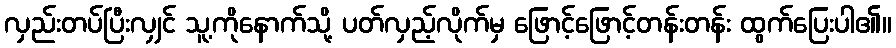
လှည်းတပ်ပြီးလျှင် သူ့ကိုနောက်သို့ ပတ်လှည့်လိုက်မှ ဖြောင့်ဖြောင့်တန်းတန်း ထွက်ပြေးပါ၏။